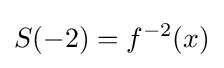
S(-2)=f^{-2}(x)